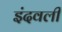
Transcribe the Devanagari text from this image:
इंदवली